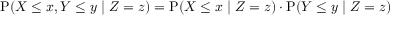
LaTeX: \mathrm { P } ( X \leq x , Y \leq y \; | \; Z = z ) = \mathrm { P } ( X \leq x \; | \; Z = z ) \cdot \mathrm { P } ( Y \leq y \; | \; Z = z )